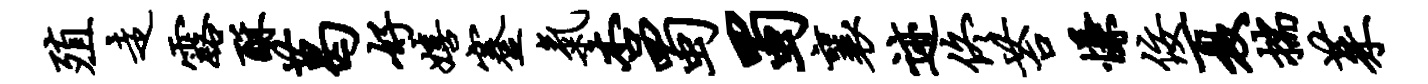
殖走露酥葛好嬉蹇气杏蜀蜀襄迹佟苔慊佞夏揣茱